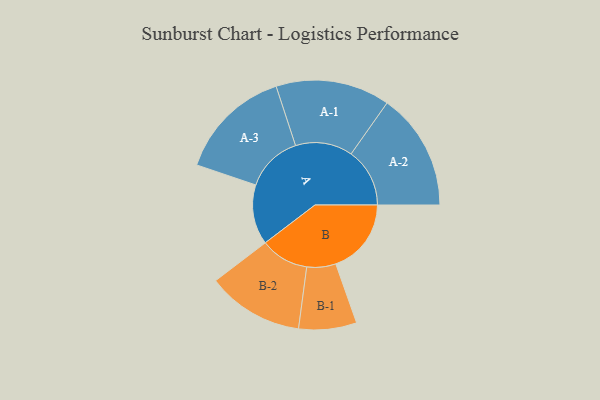
{"axis": {"x": "Segment", "y": "Value"}, "legend": ["", "A", "B"], "data": [{"x": "A", "y": 238, "type": ""}, {"x": "B", "y": 300, "type": ""}, {"x": "A-1", "y": 227, "type": "A"}, {"x": "A-2", "y": 233, "type": "A"}, {"x": "A-3", "y": 226, "type": "A"}, {"x": "B-1", "y": 115, "type": "B"}, {"x": "B-2", "y": 192, "type": "B"}]}